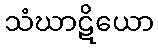
သံဃာဋိယော